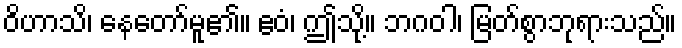
ဝိဟာသိ၊ နေတော်မူ၏။ ဧဝံ၊ ဤသို့။ ဘဂဝါ၊ မြတ်စွာဘုရားသည်။